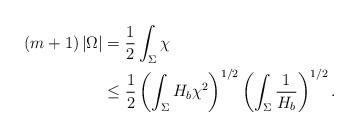
LaTeX: \begin{align*}\left( m+1\right) \left\vert \Omega\right\vert & =\frac{1}{2}\int_{\Sigma}\chi\\& \leq\frac{1}{2}\left( \int_{\Sigma}H_{b}\chi^{2}\right) ^{1/2}\left(\int_{\Sigma}\frac{1}{H_{b}}\right) ^{1/2}.\end{align*}